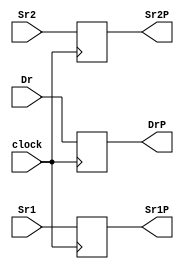
module DP_R(clock,Sr1,Sr2,Dr,Sr1P,Sr2P,DrP);
input clock;
input [2:0] Dr,Sr1,Sr2;
output reg [2:0] DrP,Sr1P,Sr2P;

always @(posedge clock)
begin
DrP=Dr;
Sr1P=Sr1;
Sr2P=Sr2;
end

endmodule